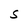
Character: S